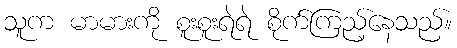
သူက မာမားကို စူးစူးရဲရဲ စိုက်ကြည့်နေသည်။